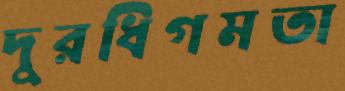
দুরধিগমতা